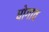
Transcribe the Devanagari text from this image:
घोगाव